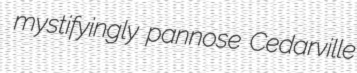
mystifyingly pannose Cedarville